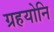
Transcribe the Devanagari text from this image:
ग्रहयोनि